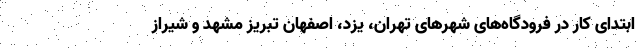
ابتدای کار در فرودگاه‌های شهرهای تهران، یزد، اصفهان تبریز مشهد و شیراز